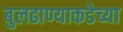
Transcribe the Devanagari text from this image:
बुलढाण्याकडेच्या